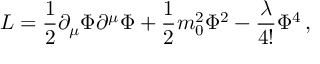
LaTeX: { \cal L } = \frac { 1 } { 2 } \partial _ { \mu } \Phi \partial ^ { \mu } \Phi + \frac { 1 } { 2 } m _ { 0 } ^ { 2 } \Phi ^ { 2 } - \frac { \lambda } { 4 ! } \Phi ^ { 4 } \, ,